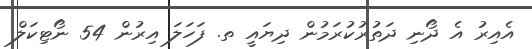
އެއިރު އެ ދޯނި ދަތުރުކުރަމުން ދިޔައީ ތ. ފަހަލަ އިރުން 54 ނޯޓިކަލް